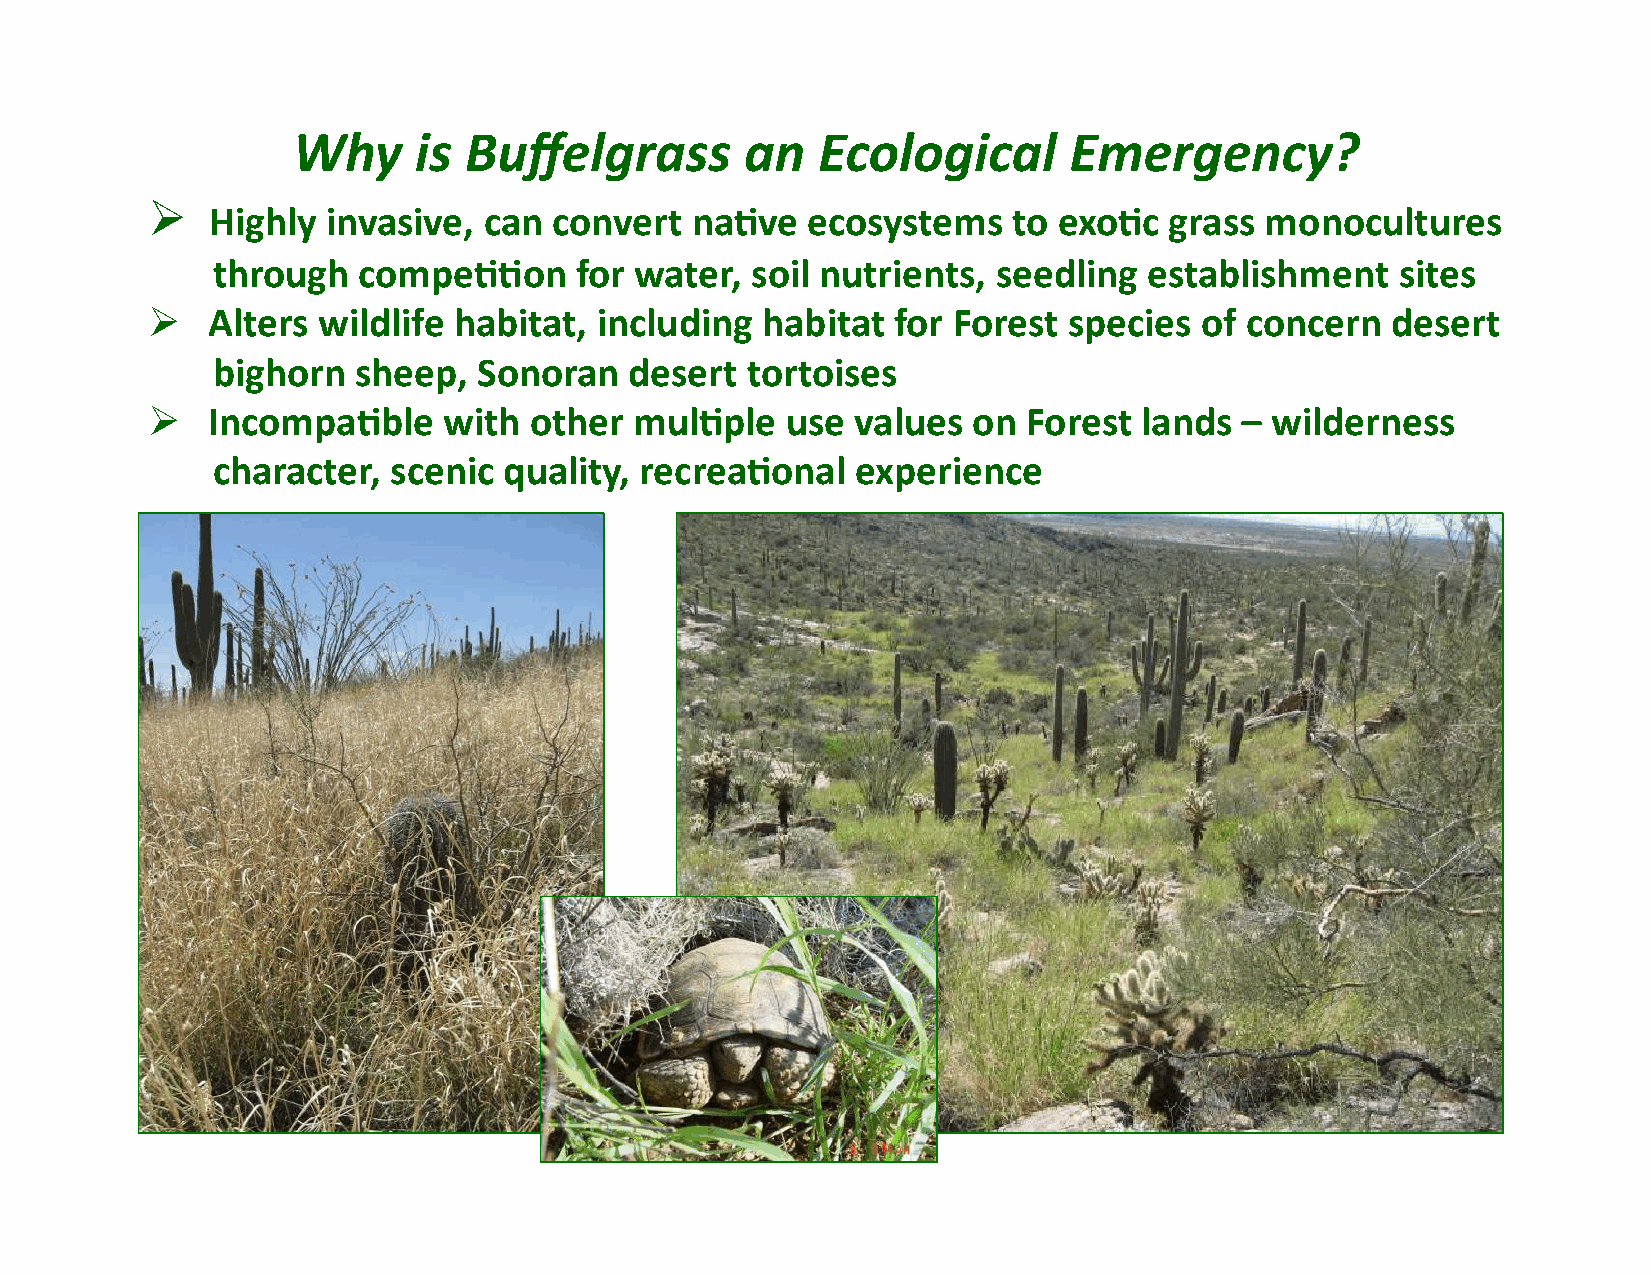
Why     is  Buffelgrass       an   Ecological       Emergency?
 !
 Highly  invasive, can  convert  na)ve  ecosystems    to exo)c  grass  monocultures
 through   compe))on     for water,  soil nutrients, seedling  establishment    sites
 !   Alters wildlife habitat, including  habitat  for Forest  species of concern   desert
 bighorn  sheep,   Sonoran   desert tortoises
 !   Incompa)ble    with  other  mul)ple   use  values on  Forest  lands – wilderness
 character,  scenic quality, recrea)onal    experience